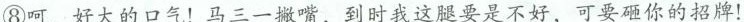
⑧呵，好大的口气！马三一撇嘴，到时我这腿要是不好，可要碰你的招牌！